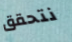
نتحقق